Vaccination United Provinces of Agra and Oudh 1902-1913 - 1902-1913
Year: 1902
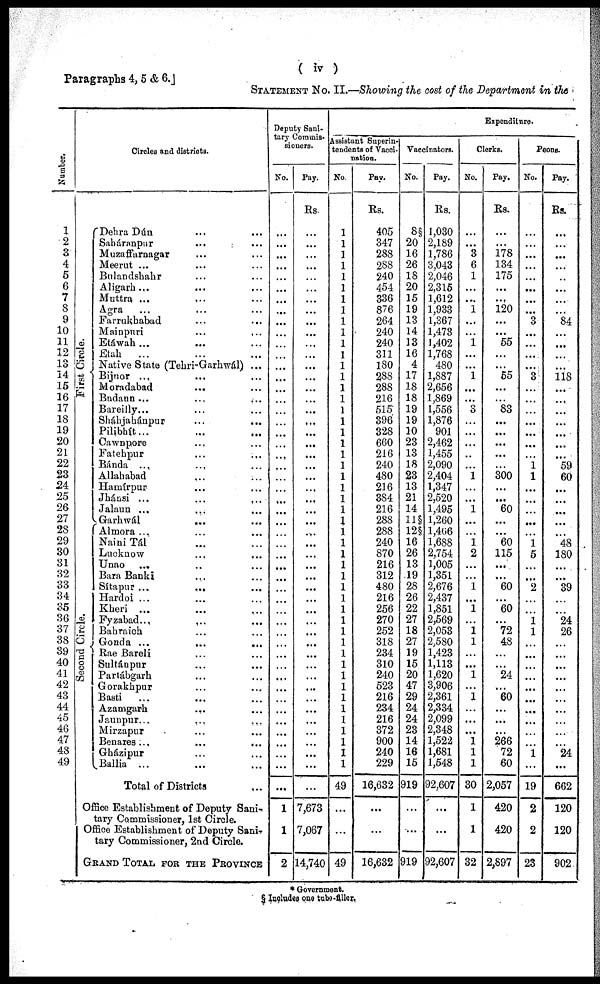
( iv )
Paragraphs 4, 5 & 6.]
STATEMENT No. II.—Showing the cost of the Department in the
Number.
1
2
3
4
5
6
7
8
9
10
11
12
13
14
15
16
17
18
19
20
21
22
23
24
25
26
27
28
29
30
31
32
33
34
35
36
37
38
39
40
41
42
43
44
45
46
47
48
49
Circles and districts.
First Circle.
Second Circle.
Dehra Dún ... ... ...
Saháranpur ... ... ...
Muzaffarnagar ... ... ...
Meerut ... ... ...
Bulandshahr ... ... ...
Aligarh ... ... ...
Muttra ... ... ...
Agra ... ... ...
Farrukhabad ... ... ...
Mainpuri
...
... ...
Etáwah ...
... ...
Etah
... ... ...
Native State (Tehri-Garhwál) ...
Bijnor ... ... ...
Moradabad
... ... ...
Budaun ...
...
...
Bareilly ... ... ...
Sháhjahánpur ... ... ...
Pilibhít ... ... ...
Cawnpore ... ... ...
Fatehpur ... ... ...
Bánda ... ... ...
Allahabad ... ... ...
Hamírpur ... ... ...
Jhánsi ... ... ...
Jalaun ... ... ...
Garhwál
... ... ...
Almora ... ... ...
Naini Tál ... ... ...
Lucknow
... ... ...
Unao ... ... ...
Bara Banki ... ... ...
Sítapur ...
...
...
Hardoi ... ... ...
Kheri ... ... ...
Fyzabad ...
... ...
Bahraich ... ... ...
Gonda ...
...
...
Rae Bareli ... ... ...
Sultánpur ... ... ...
Partábgarh ... ... ...
Gorakhpur ... ... ...
Basti ... ... ...
Azamgarh ... ... ...
Jaunpur ... ... ...
Mirzapur ... ... ...
Benares ... ... ...
Gházipur ... ... ...
Ballia ... ... ...
Total of Districts ...
Office Establishment of Deputy Sani-
tary Commissioner, 1st Circle.
Office Establishment of Deputy Sani¬
tary Commissioner, 2nd Circle.
GRAND TOTAL FOR THE PROVINCE
Deputy Sani-
tary Commis¬
sioners.
No.
...
...
...
...
...
...
...
...
...
...
...
...
...
...
...
...
...
...
...
...
...
...
...
...
...
...
...
...
...
...
...
...
...
...
...
...
...
...
...
...
...
...
...
...
...
...
...
...
...
...
1
1
2
Pay.
Rs.
...
...
...
...
...
...
...
...
...
...
...
...
...
...
...
...
...
...
...
...
...
...
...
...
...
...
...
...
...
...
...
...
...
...
...
...
...
...
...
...
...
...
...
...
...
...
...
...
...
...
7,673
7,067
14,740
Expenditure.
Assistant Superin-
tendents of Vacci-
nation.
No.
1
1
1
1
1
1
1
1
1
1
1
1
1
1
1
1
1
1
1
1
1
1
1
1
1
1
1
1
1
1
1
1
1
1
1
1
1
1
1
1
1
1
1
1
1
1
1
1
1
49
...
...
49
Pay.
Rs.
405
347
288
288
240
454
336
876
264
240
240
311
180
288
288
216
515
396
328
660
216
240
480
216
384
216
288
288
240
870
216
312
480
216
256
270
252
318
234
310
240
523
216
234
216
372
900
240
229
16,632
...
...
16,632
Vaccinators.
No.
8§
20
16
26
18
20
15
19
13
14
13
16
4
17
18
18
19
19
10
23
13
18
23
13
21
14
11§
12§
16
26
13
19
28
26
22
27
18
27
19
15
20
47
29
24
24
23
14
16
15
919
...
...
919
Pay.
Rs.
1,030
2,189
1,786
3,043
2,046
2,315
1,612
1,933
1,367
1,473
1,402
1,768
480
1,887
2,656
1,869
1,556
1,876
901
2,462
1,455
2,090
2,404
1,347
2,520
1,495
1,260
1,466
1,688
2,754
1,005
1,351
2,676
2,437
1,851
2,569
2,053
2,580
1,423
1,113
1,620
3,906
2,361
2,334
2,099
2,348
1,522
1,681
1,548
92,607
...
...
92,607
Clerks.
No.
...
...
3
6
1
...
...
1
...
...
1
...
...
1
...
...
3
...
...
...
...
...
1
...
...
1
...
...
1
2
...
...
1
...
1
...
1
1
...
...
1
...
1
...
...
...
1
1
1
30
1
1
32
Pay.
Rs.
...
...
178
134
175
...
...
120
...
...
55
...
...
55
...
...
83
...
...
...
...
...
300
...
...
60
...
...
60
115
...
...
60
...
60
...
72
48
...
...
24
...
60
...
...
...
266
72
60
2,057
420
420
2,897
Peons.
No.
...
...
...
...
...
...
...
...
3
...
...
...
...
3
...
...
...
...
...
...
...
1
1
...
...
...
...
...
1
5
...
...
2
...
...
1
1
...
...
...
...
...
...
...
...
...
...
1
...
19
2
2
23
Pay.
Rs.
...
...
...
...
...
...
...
...
84
...
...
...
...
118
...
...
...
...
...
...
...
59
60
. ..
...
...
...
48
180
...
. ..
39
...
...
24
26
...
...
...
...
...
...
...
...
...
24
...
662
120
120
902
* Government.
§ Includes one tube-filler.